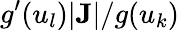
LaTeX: g^{\prime}(u_{l})|{\mathbf J}|/g(u_{k})